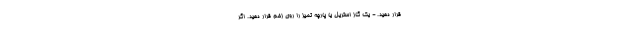
قرار دهید. - یک گاز استریل یا پارچه تمیز را روی زخم قرار دهید. اگر